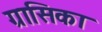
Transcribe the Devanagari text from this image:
ग्रासिका